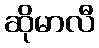
ဆိုမာလီ